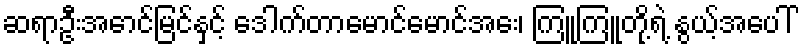
ဆရာဦးအောင်မြင်နှင့် ဒေါက်တာမောင်မောင်အေး၊ ကြူကြူတို့ရဲ့ နွယ့်အပေါ်